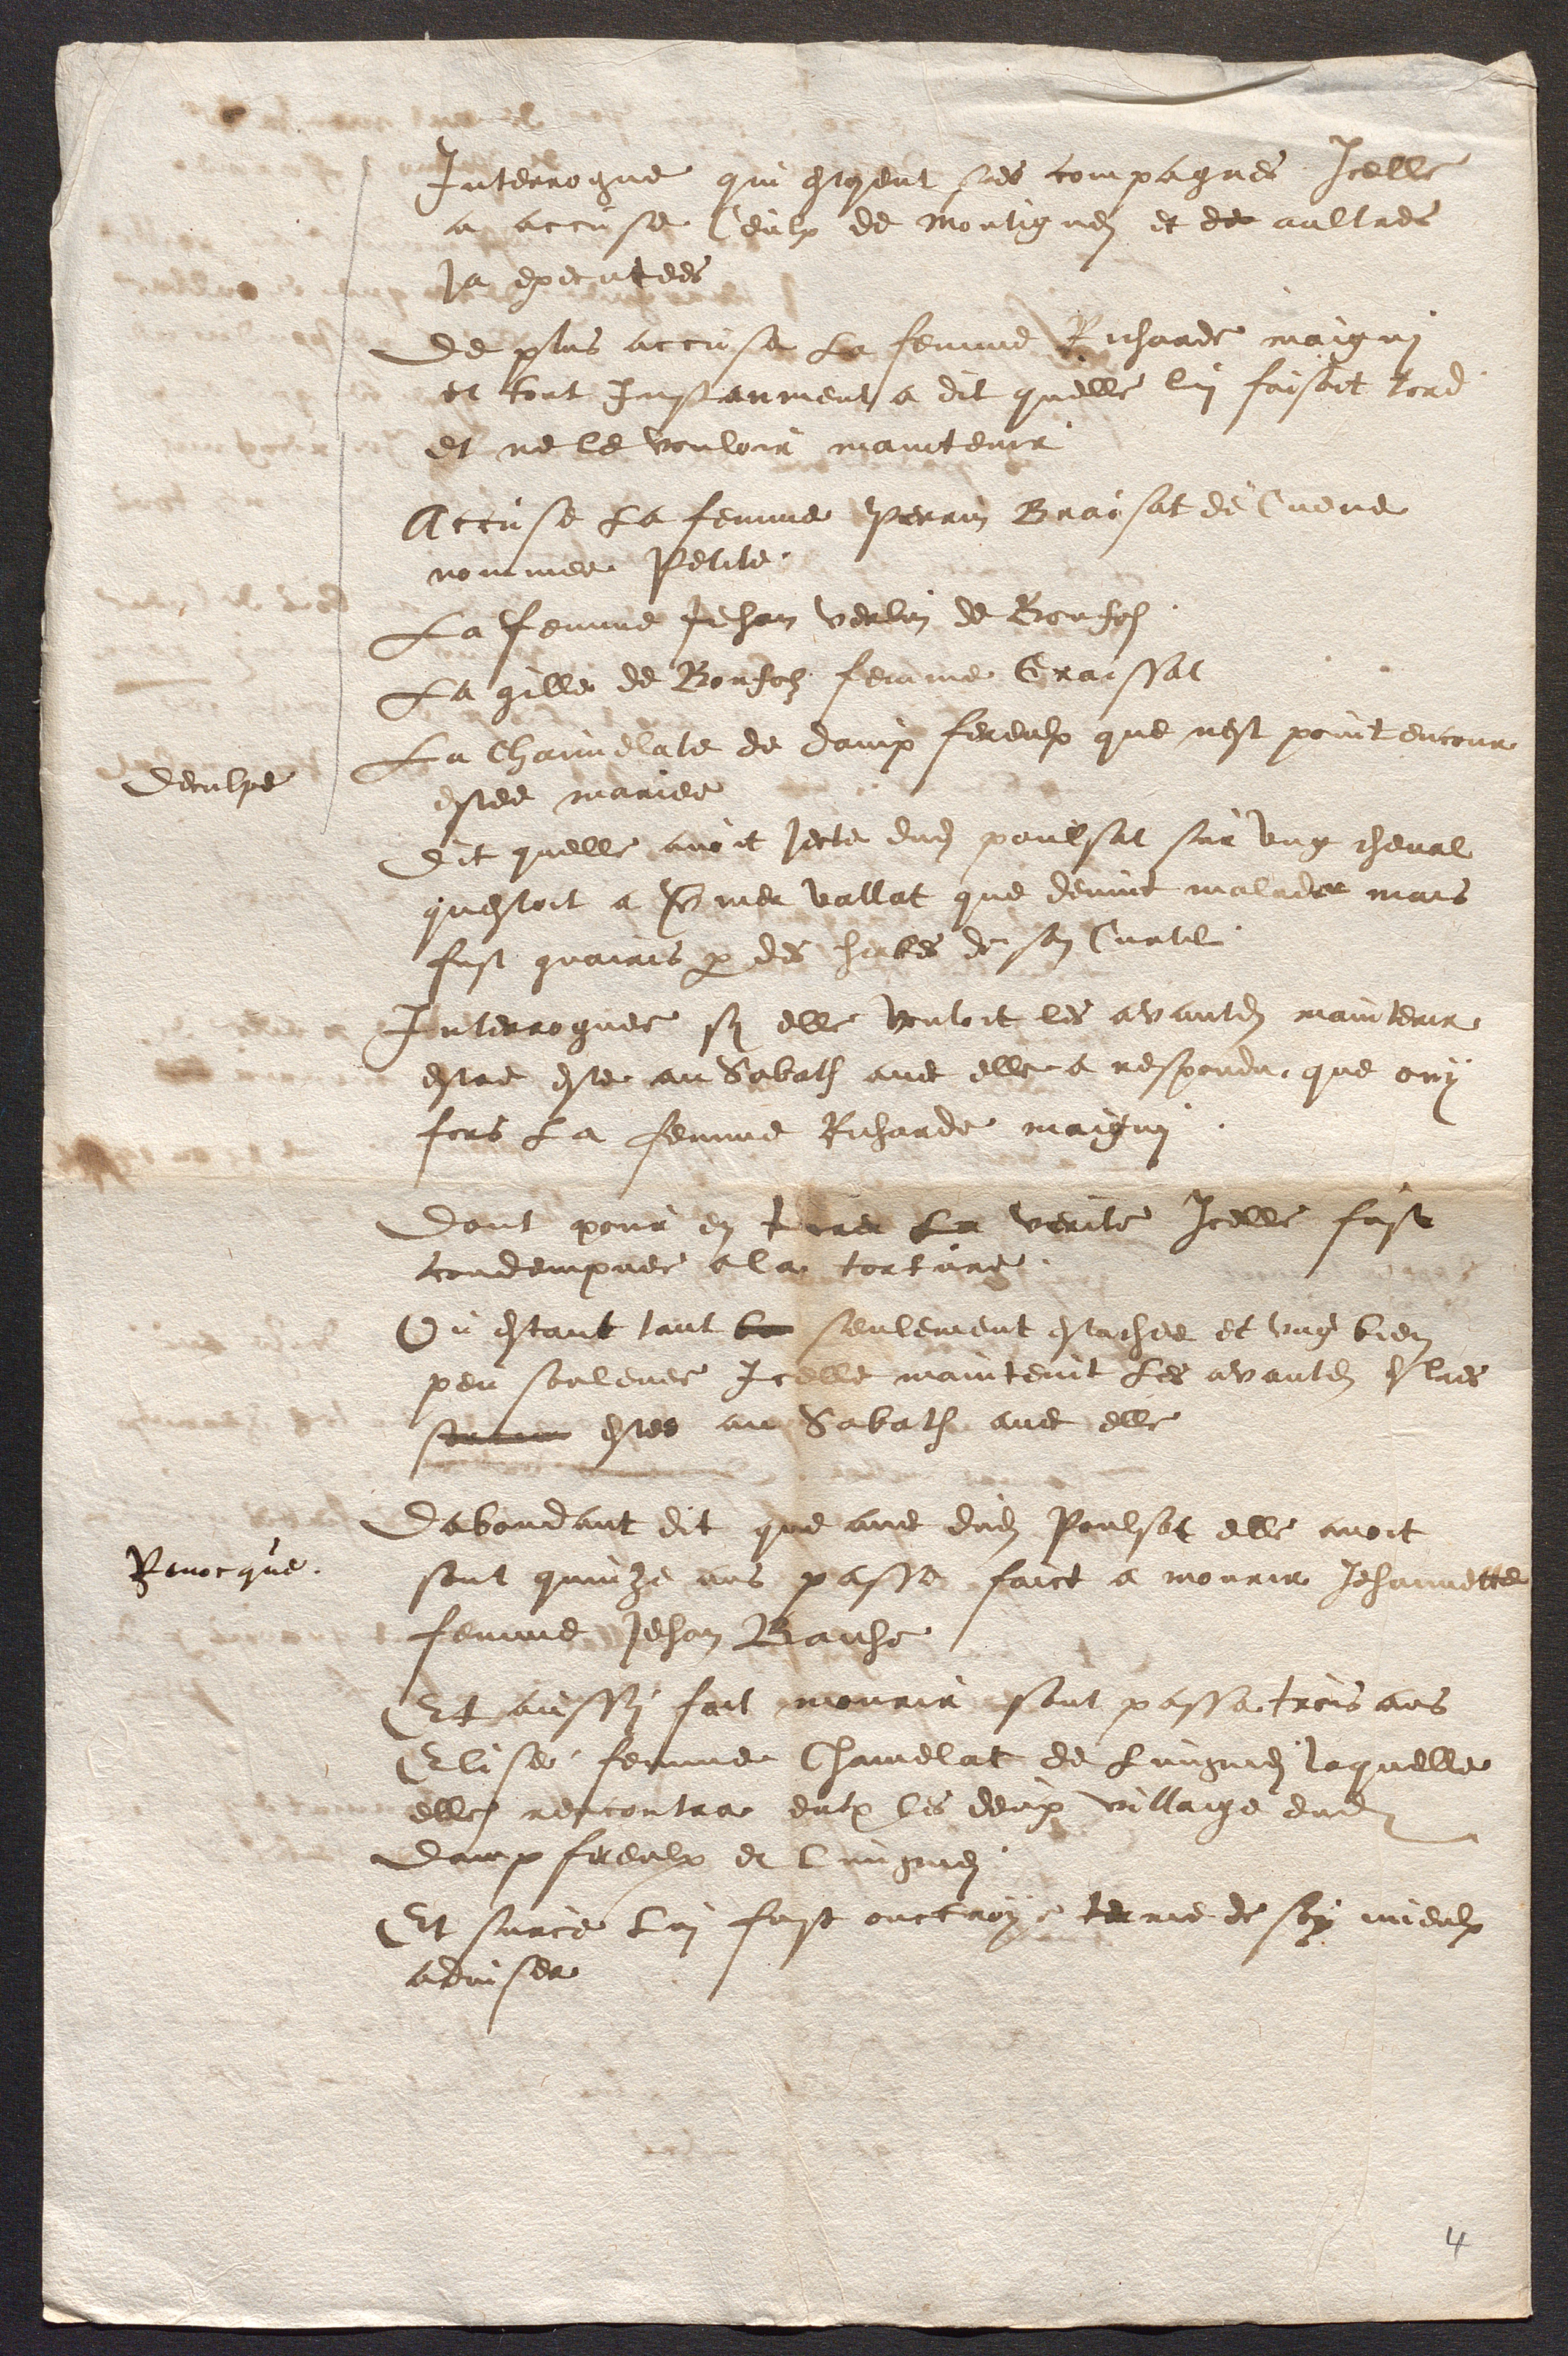
deculpe
Pavocque.

Interrogue qui estoient ses compagnes Icelle
a accuse Ceulx de Montignez et de aultres
la executees
de plus accuse la femme dicharde maigui
et tout Insteument a dit quelle lui faisoit tord
et ne le vouloir maintenir
Accuse La femme Perrin Braisat de Cueve
nommee Petite
La femme Jehan verlin de Bonfe
La gille de Bonfolz femme Craissat
La Channelate de daux fereulx que nest point encour
estee mariee
Dit quelle avoit jecte dudit poulsat sur ung cheval
questoit a Verner vallat que devint malade mais
fust guairis par des herbes de son Curtil
Denterroguee sy elle vouloit les avantes mainterir
estre este au Sabath avec elle a respondu que ouy
fors a a femme Richarde maigui
dont pour en tere la verite icelle fust
condempnee a la tortarg
Ou estant tant le seulement estachee et ung bien
peu soulevee Icelle maintenit les avantes estres
serce estee au Sabath avec elle
Dabandant dit que avec dudit Poulsat elle avoit
sont quinze ans passe faict a mourir Jehannette
femme Jehan Baiche
Ig aussy fait mourir sont passa trois ans
Glise femme Chamelat de Lingnes laquelle
elle refcontra entre les deux villaige dudit

daux freulx et lungonds
Et surce lui fust onctroy terrie de sony mieulx
adviser.
4